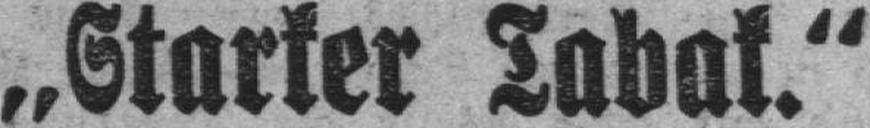
„Starker Tabak.“